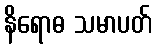
နိရောဓ သမာပတ်